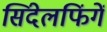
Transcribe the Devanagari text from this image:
सिंदेलफिंगें